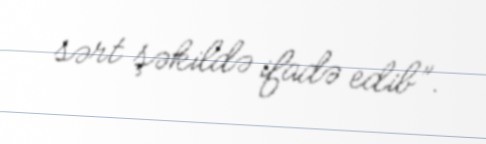
sərt şəkildə ifadə edib”.